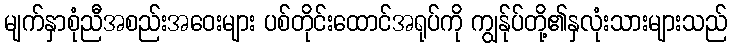
မျက်နှာစုံညီအစည်းအဝေးများ ပစ်တိုင်းထောင်အရုပ်ကို ကျွန်ုပ်တို့၏နှလုံးသားများသည်